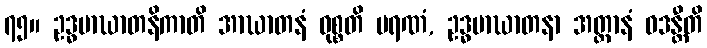
၇၅။ ဥဒ္ဓမာဃာတနိကာတိ အာဃာတနံ ဝုစ္စတိ မရဏံ, ဥဒ္ဓမာဃာတနာ အတ္တာနံ ဝဒန္တီတိ